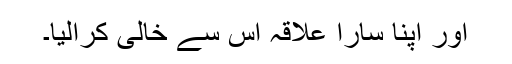
اور اپنا سارا علاقہ اس سے خالی کرالیا۔